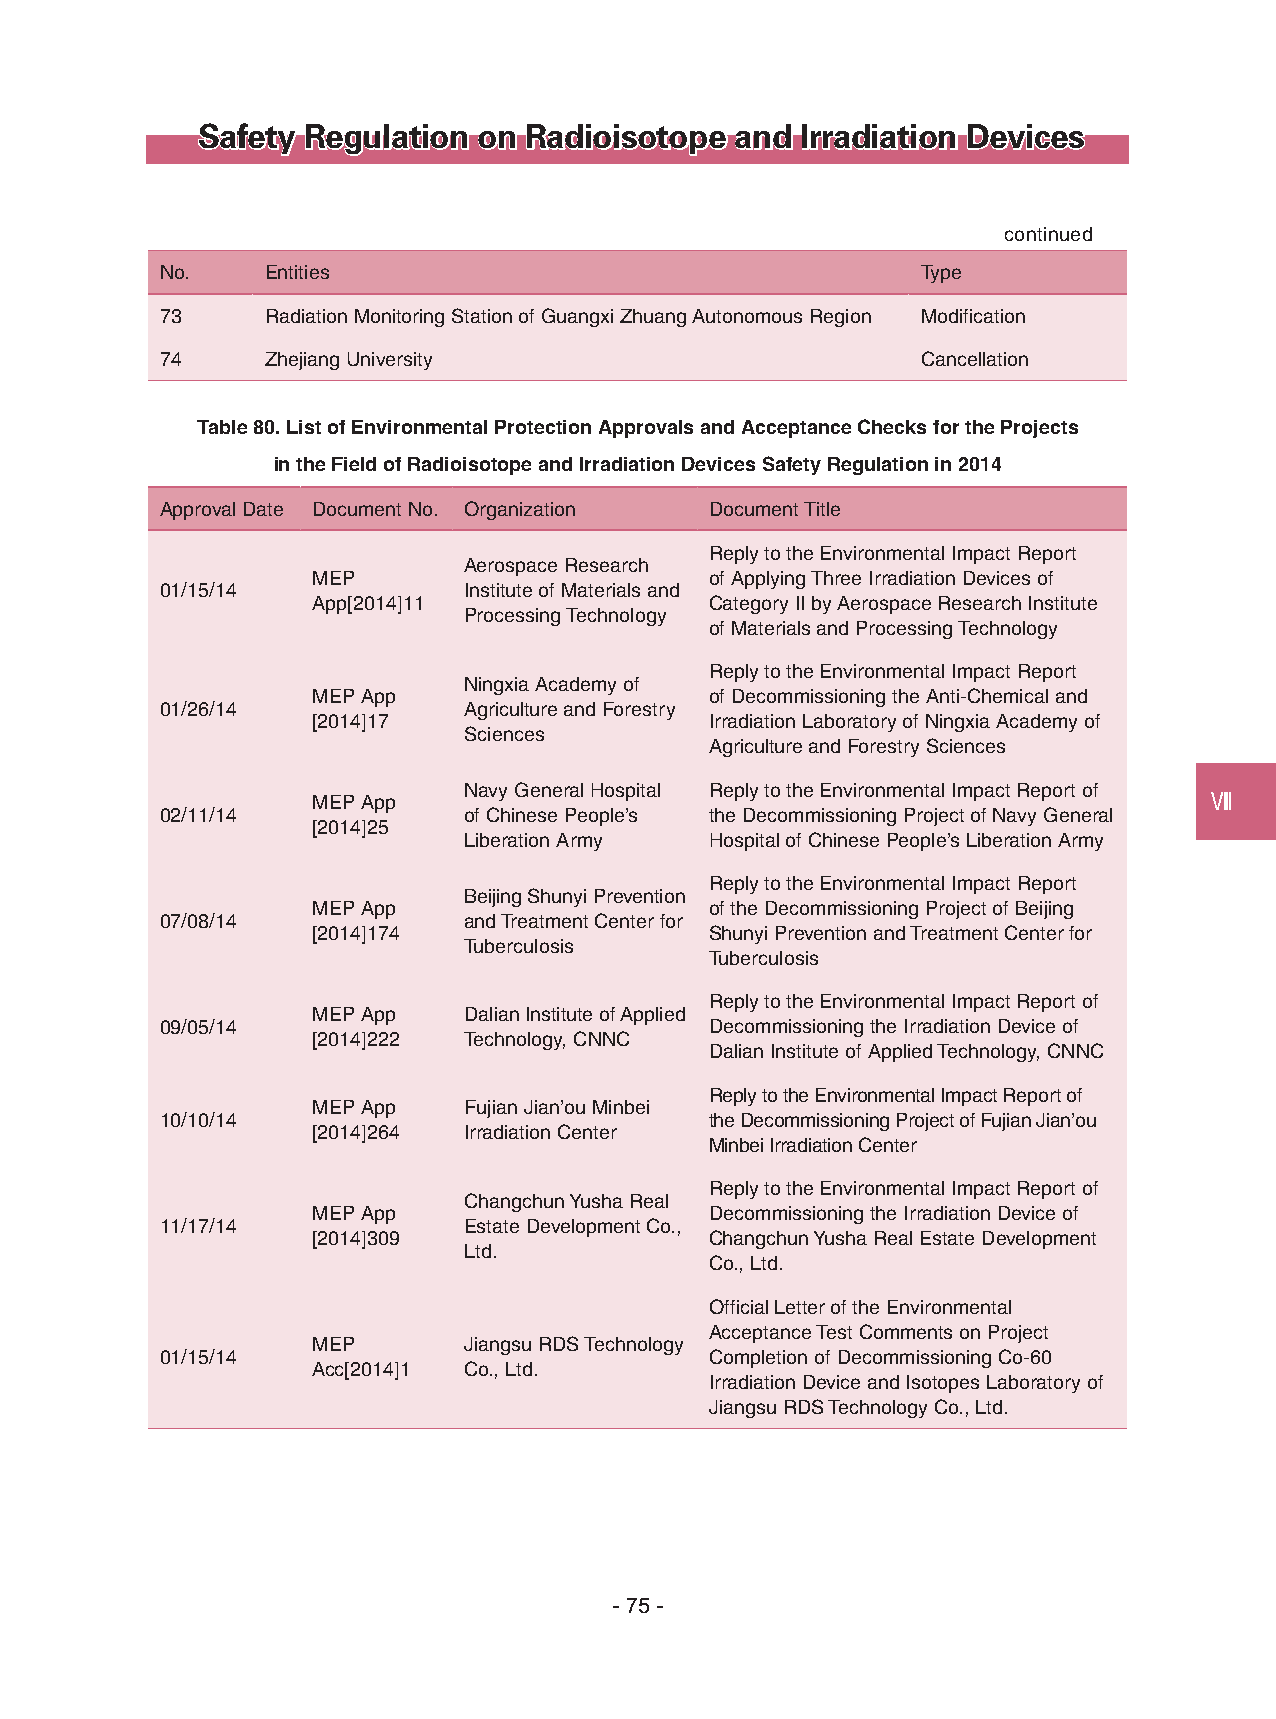
Safety Regulation  on Radioisotope  and Irradiation Devices
 continued
 No.    Entities                                   Type
 73     Radiation Monitoring Station of Guangxi Zhuang Autonomous Region Modification
 74     Zhejiang University                        Cancellation
 Table 80. List of Environmental Protection Approvals and Acceptance Checks for the Projects
 in the Field of Radioisotope and Irradiation Devices Safety Regulation in 2014
 Approval Date Document No. Organization Document Title
 Reply to the Environmental Impact Report
 Aerospace Research
 MEP                       of Applying Three Irradiation Devices of
 01/15/14            Institute of Materials and
 App[2014]11               Category II by Aerospace Research Institute
 Processing Technology
 of Materials and Processing Technology
 Reply to the Environmental Impact Report
 Ningxia Academy of
 MEP App                   of Decommissioning the Anti-Chemical and
 01/26/14            Agriculture and Forestry
 [2014]17                  Irradiation Laboratory of Ningxia Academy of
 Sciences
 Agriculture and Forestry Sciences
 Navy General Hospital Reply to the Environmental Impact Report of
 MEP App                                                    Ⅷ
 02/11/14            of Chinese People’s the Decommissioning Project of Navy General
 [2014]25
 Liberation Army Hospital of Chinese People’s Liberation Army
 Reply to the Environmental Impact Report
 Beijing Shunyi Prevention
 MEP App                   of the Decommissioning Project of Beijing
 07/08/14            and Treatment Center for
 [2014]174                 Shunyi Prevention and Treatment Center for
 Tuberculosis
 Tuberculosis
 Reply to the Environmental Impact Report of
 MEP App   Dalian Institute of Applied
 09/05/14                            Decommissioning the Irradiation Device of
 [2014]222 Technology, CNNC
 Dalian Institute of Applied Technology, CNNC
 Reply to the Environmental Impact Report of
 MEP App   Fujian Jian’ou Minbei
 10/10/14                            the Decommissioning Project of Fujian Jian’ou
 [2014]264 Irradiation Center
 Minbei Irradiation Center
 Reply to the Environmental Impact Report of
 Changchun Yusha Real
 MEP App                   Decommissioning the Irradiation Device of
 11/17/14            Estate Development Co.,
 [2014]309                 Changchun Yusha Real Estate Development
 Ltd.
 Co., Ltd.
 Official Letter of the Environmental
 Acceptance Test Comments on Project
 MEP       Jiangsu RDS Technology
 01/15/14                            Completion of Decommissioning Co-60
 Acc[2014]1 Co., Ltd.
 Irradiation Device and Isotopes Laboratory of
 Jiangsu RDS Technology Co., Ltd.
 - 75 -